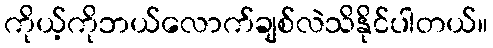
ကိုယ့်ကိုဘယ်လောက်ချစ်လဲသိနိုင်ပါတယ်။